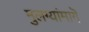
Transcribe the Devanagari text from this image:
मुलग्यांमागॆ